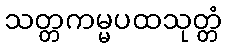
သတ္တကမ္မပထသုတ္တံ